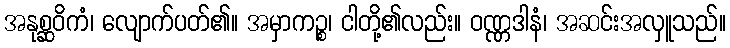
အနုစ္ဆဝိကံ၊ လျောက်ပတ်၏။ အမှာကဉ္စ၊ ငါတို့၏လည်း။ ဝဏ္ဏဒါနံ၊ အဆင်းအလှူသည်။